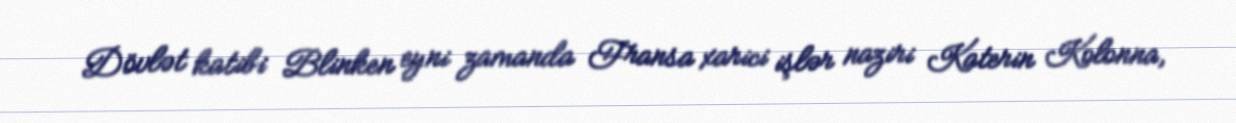
Dövlət katibi Blinken eyni zamanda Fransa xarici işlər naziri Katerin Kolonna,